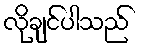
လိုချင်ပါသည်